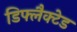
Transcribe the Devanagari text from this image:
डिफ्लैक्टेड